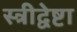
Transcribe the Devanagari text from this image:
स्त्रीद्वेष्टा